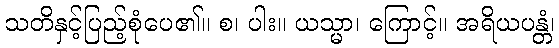
သတိနှင့်ပြည့်စုံပေ၏။ စ၊ ပါး။ ယသ္မာ၊ ကြောင့်။ အရိယပန္တံ၊